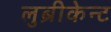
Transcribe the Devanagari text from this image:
लुब्रीकेन्ट